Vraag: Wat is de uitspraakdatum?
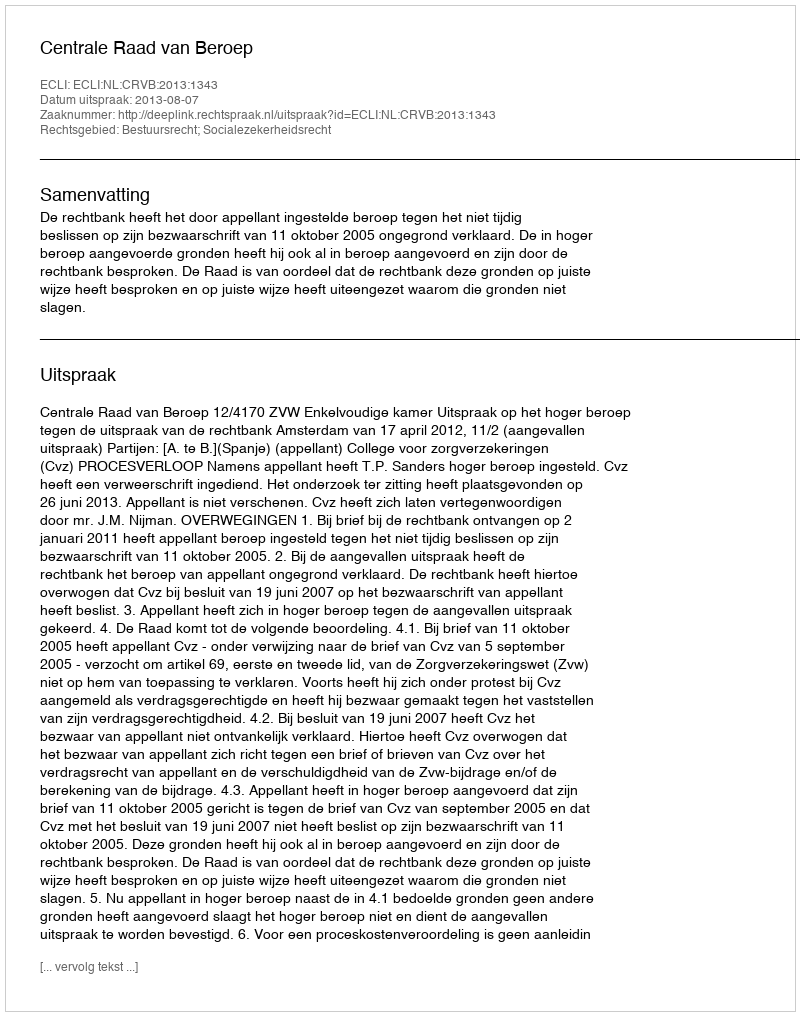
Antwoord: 2013-08-07